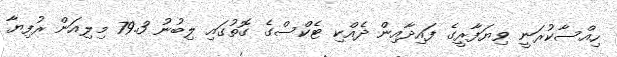
ހިއްސާކުރަނީ ވިޔަފާރީގެ ފައިދާއިން ދެއްކި ޓެކްސްގެ ގޮތުގައި ލިބުނު 79.3 މިލިއަން ރުފިޔާ